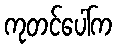
ကုတင်ပေါ်က